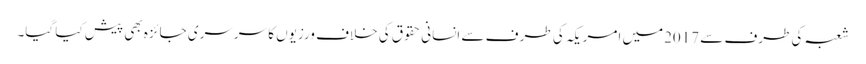
شعبہ کی طرف سے 2017میں امریکہ کی طر ف سے انسانی حقوق کی خلاف ورزیوں کا سرسری جائزہ بھی پیش کیا گیا۔